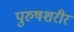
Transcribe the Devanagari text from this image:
पुरुषशरीर